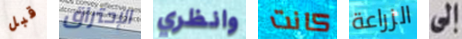
قبل الإحتراق وانظري كانت الزراعة إلى